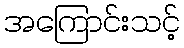
အကြောင်းသင့်